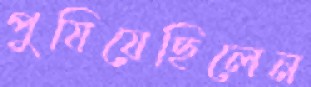
পুষিয়েছিলেন